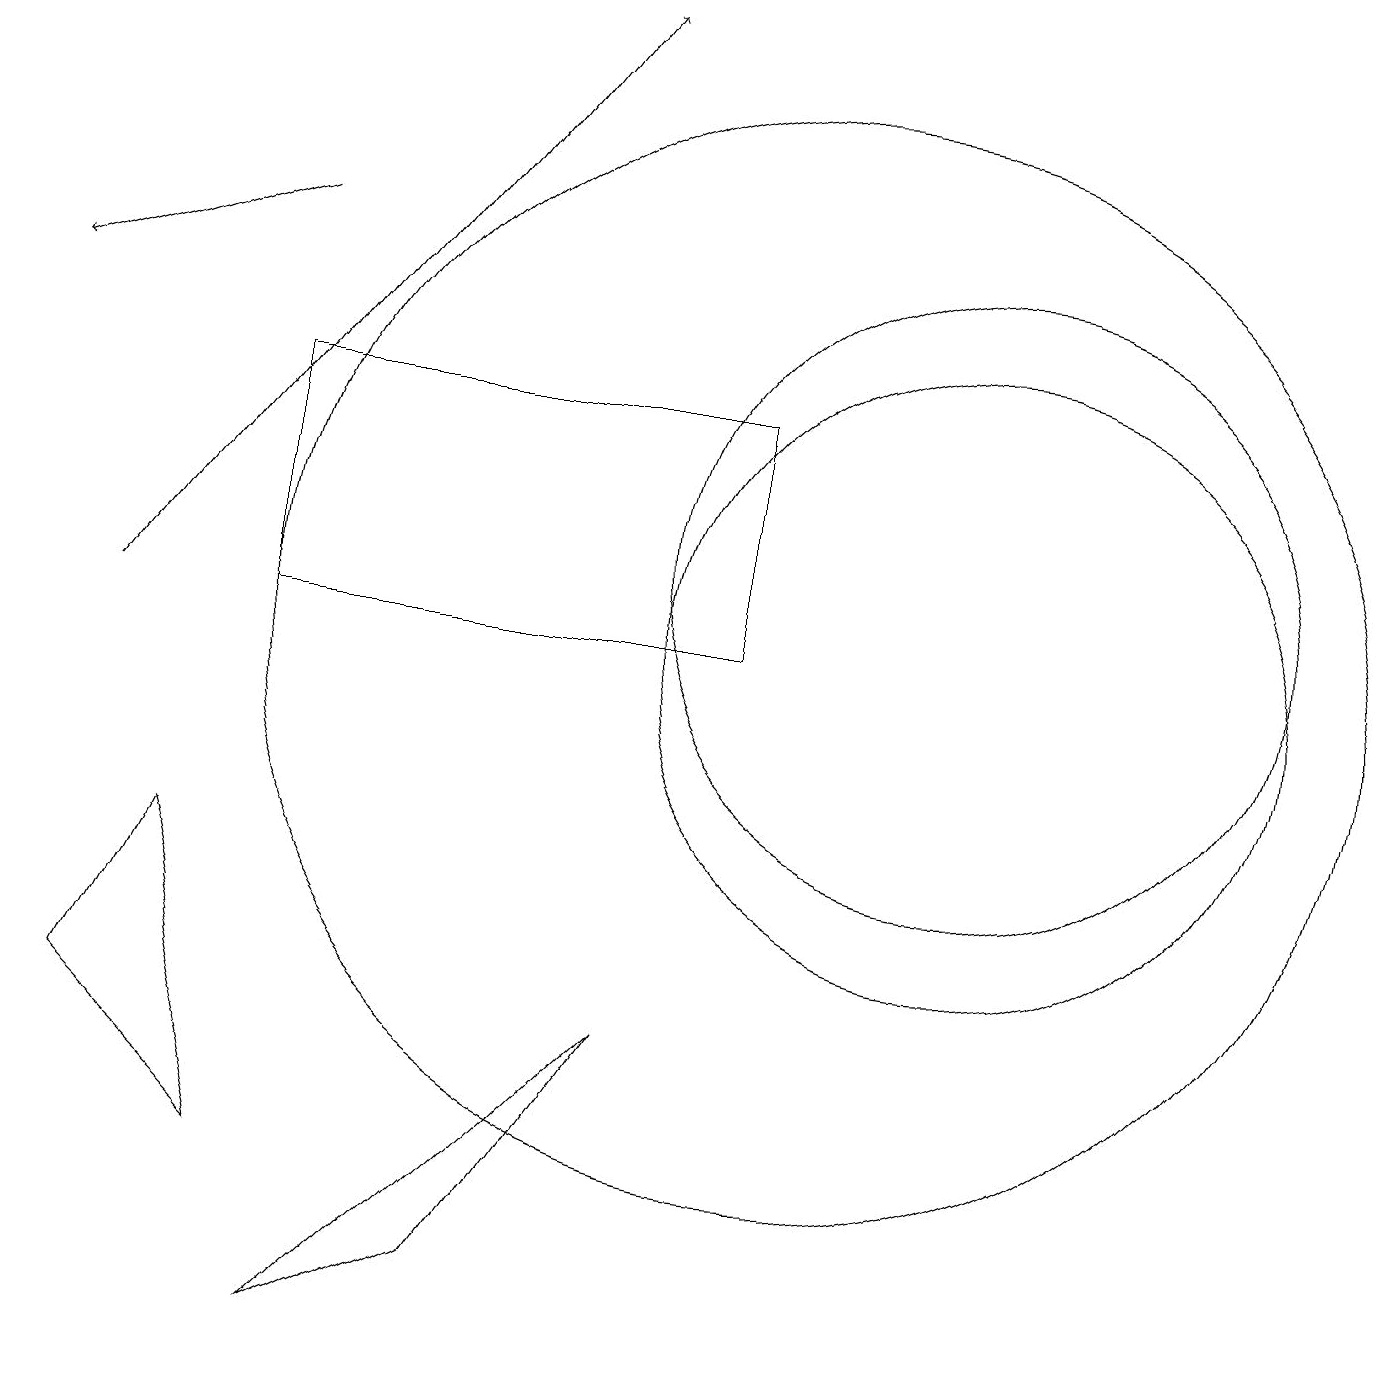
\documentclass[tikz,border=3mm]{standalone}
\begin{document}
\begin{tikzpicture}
\draw (10,11) circle (7);
\draw (9,14) rectangle (3,11);
\draw (3,4) -- (2,8) -- (1,6) -- cycle;
\draw (12,12) circle (4);
\draw (12,11) circle (4);
\draw[->] (1,11) -- (7,19);
\draw (4,2) -- (8,6) -- (6,3) -- cycle;
\draw[->] (3,16) -- (0,15);
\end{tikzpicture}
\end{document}